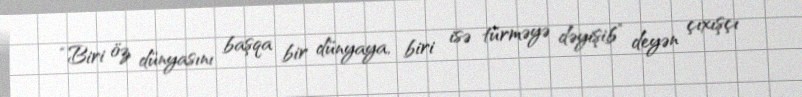
“Biri öz dünyasını başqa bir dünyaya, biri isə türməyə dəyişib” deyən çıxışçı